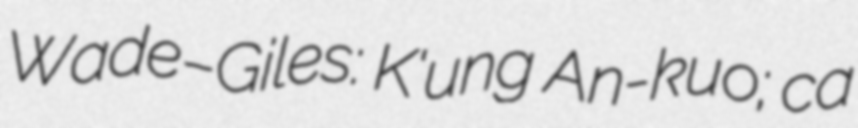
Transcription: Wade–Giles: K'ung An-kuo; ca